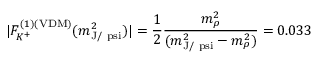
| F _ { K ^ { + } } ^ { ( 1 ) ( \mathrm { V D M } ) } ( m _ { \mathrm { J / \ p s i } } ^ { 2 } ) | = { \frac { 1 } { 2 } } { \frac { m _ { \rho } ^ { 2 } } { ( m _ { \mathrm { J / \ p s i } } ^ { 2 } - m _ { \rho } ^ { 2 } ) } } = 0 . 0 3 3